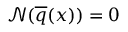
\mathcal { N } ( \overline { { \boldsymbol { q } } } ( x ) ) = \boldsymbol { 0 }